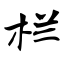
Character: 栏